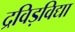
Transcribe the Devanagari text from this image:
द्रविड़विद्या